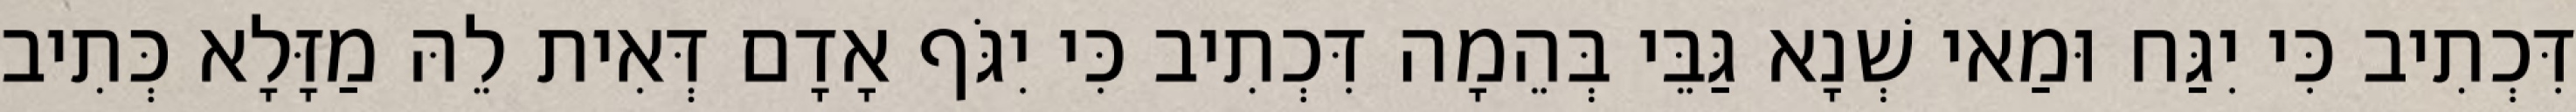
דִּכְתִיב כִּי יִגַּח וּמַאי שְׁנָא גַּבֵּי בְּהֵמָה דִּכְתִיב כִּי יִגֹּף אָדָם דְּאִית לֵהּ מַזָּלָא כְּתִיב